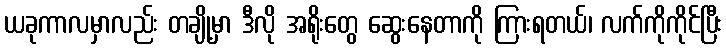
ယခုကာလမှာလည်း တချို့မှာ ဒီလို အရိုးတွေ ဆွေးနေတာကို ကြားရတယ်၊ လက်ကိုကိုင်ပြီး